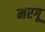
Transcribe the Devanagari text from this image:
मरगू